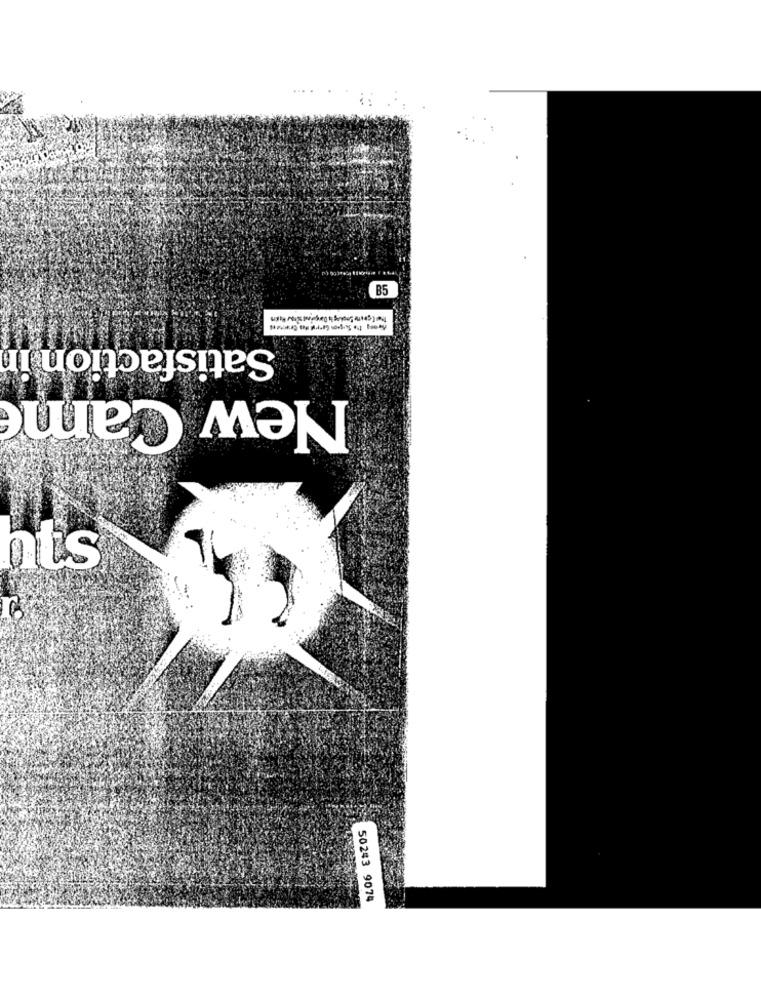
R5
Satisfaction in
New Came
ats
r.
50243 9074